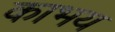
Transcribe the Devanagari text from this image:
काभय